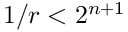
1 / r < 2 ^ { n + 1 }